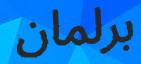
برلمان